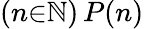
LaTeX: (n{\in}\mathbb{N})\, P(n)